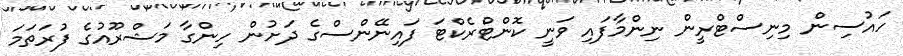
ހައުސިން މިނިސްޓްރީން ނިންމާފައި ވަނީ ކޮންޓްރެކްޓަ ފައިނޭންސްގެ ދަށުން ހިންގާ މަޝްރޫއުގެ ފުރަތަމަ